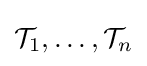
{\mathcal {T}}_{1},\ldots ,{\mathcal {T}}_{n}